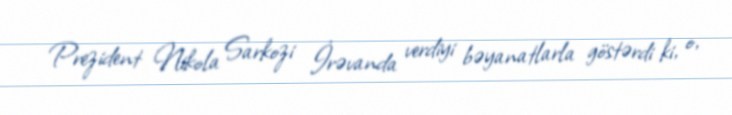
Prezident Nikola Sarkozi İrəvanda verdiyi bəyanatlarla göstərdi ki, o,